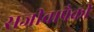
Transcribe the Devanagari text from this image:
सजीवापैकी